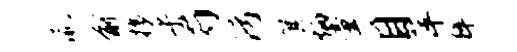
瀛俞攘乎芍污箕炳童目萍粹